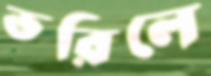
ভরিলে